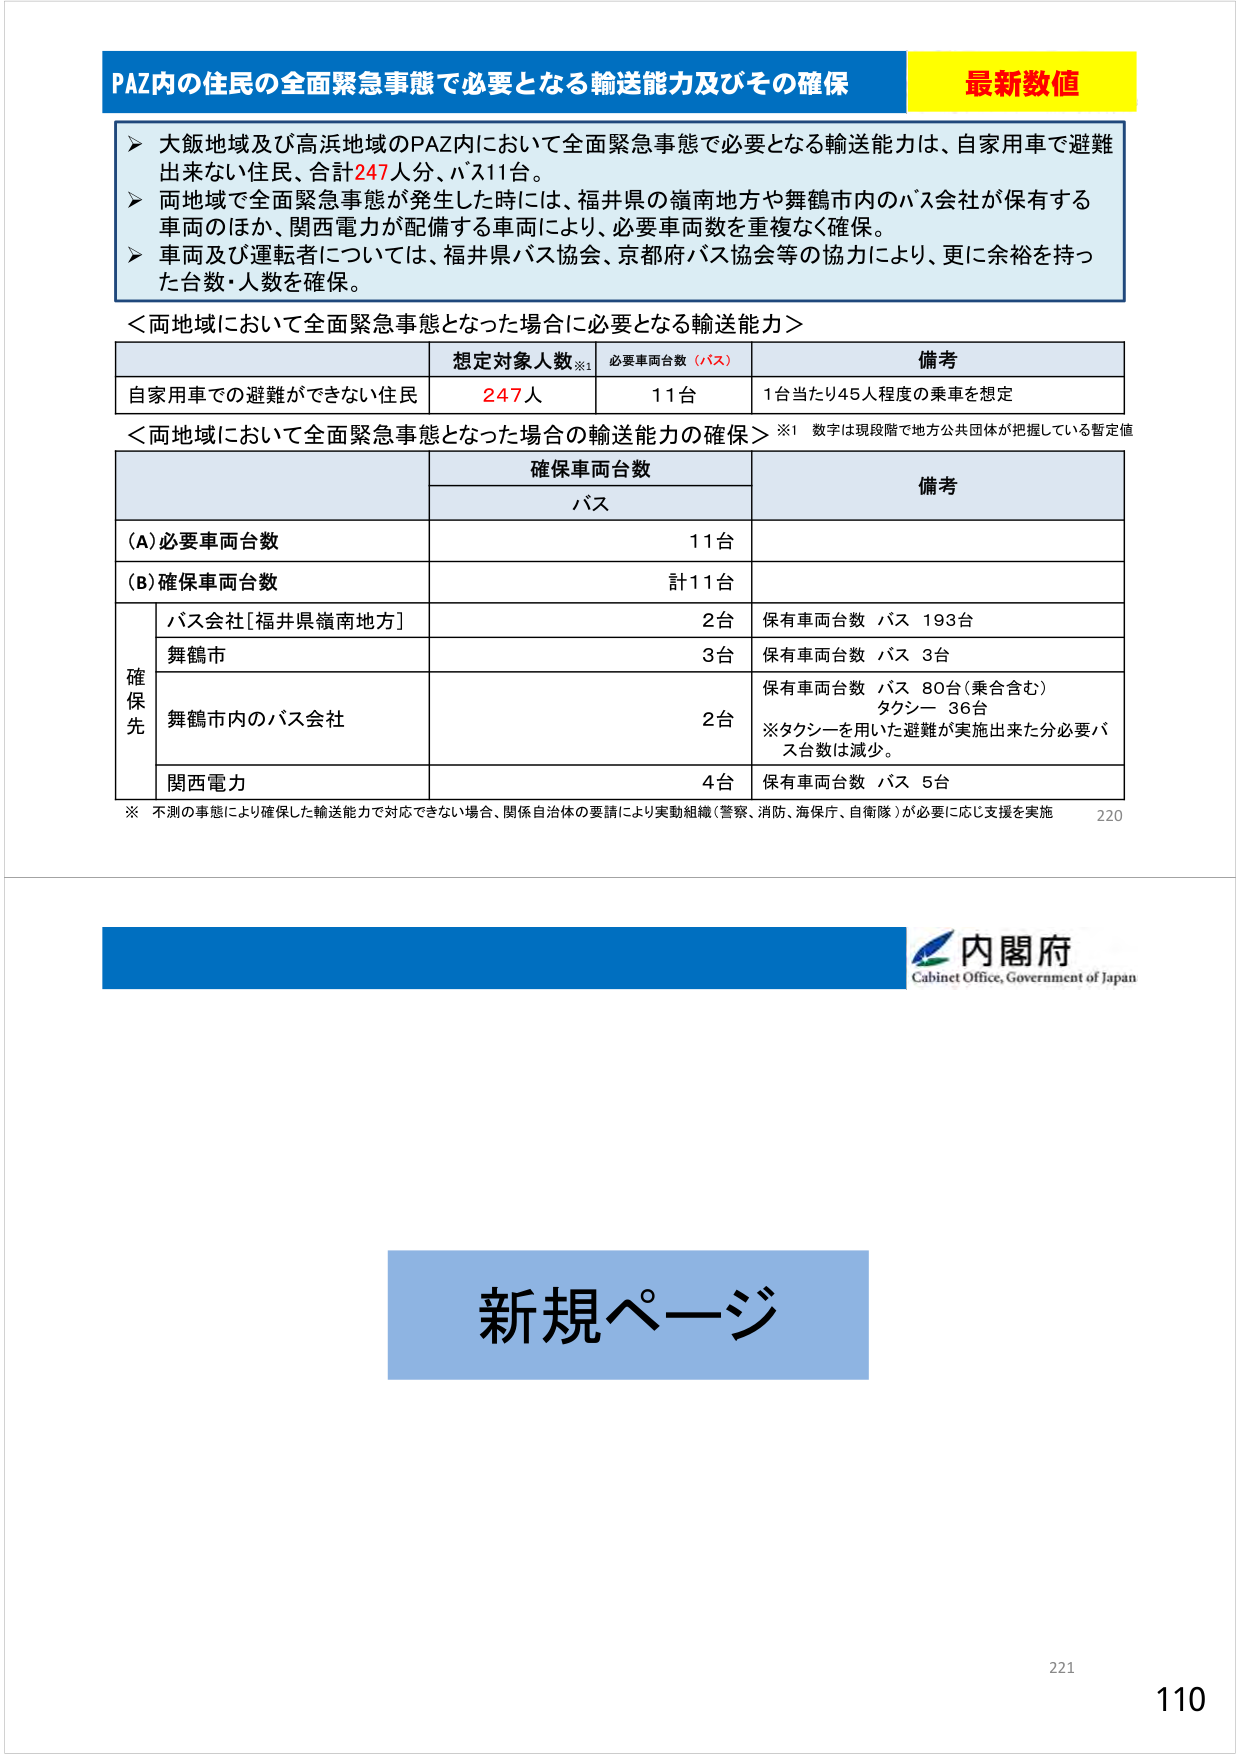
PAZ内の住民の全面緊急事態で必要となる輸送能力及びその確保
最新数値
▶ 大飯地域及び高浜地域のPAZ内において全面緊急事態で必要となる輸送能力は、自家用車で避難出来ない住民、合計247人分、バス11台。
▶ 両地域で全面緊急事態が発生した時には、福井県の嶺南地方や舞鶴市内のバス会社が保有する車両のほか、関西電力が配備する車両により、必要車両数を重複なく確保。
▶ 車両及び運転者については、福井県バス協会、京都府バス協会等の協力により、更に余裕を持った台数・人数を確保。

＜両地域において全面緊急事態となった場合に必要となる輸送能力＞
想定対象人数※1 必要車両台数（バス） 備考
自家用車での避難ができない住民 247人 11台 1台当たり45人程度の乗車を想定

＜両地域において全面緊急事態となった場合の輸送能力の確保＞ ※1 数字は現段階で地方公共団体が把握している暫定値
確保車両台数 備考
バス
(A)必要車両台数 11台
(B)確保車両台数 計11台
確保先 バス会社[福井県嶺南地方] 2台 保有車両台数 バス 193台
舞鶴市 3台 保有車両台数 バス 3台
舞鶴市内のバス会社 2台 保有車両台数 バス 80台(乗合含む) タクシー 36台
※タクシーを用いた避難が実施出来た分必要バス台数は減少。
関西電力 4台 保有車両台数 バス 5台
※ 不測の事態により確保した輸送能力で対応できない場合、関係自治体の要請により実動組織(警察、消防、海保庁、自衛隊)が必要に応じ支援を実施 220

内閣府
Cabinet Office, Government of Japan

新規ページ

221
110